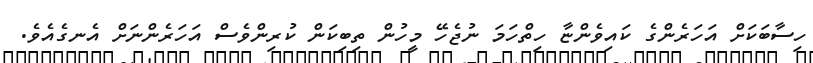
ހިސާބަކަށް އަހަރެންގެ ކައިވެންޏާ ހިތްހަމަ ނުޖެހޭ މީހުން ތިބިކަން ކުރިންވެސް އަހަރެންނަށް އެނގެއެވެ.